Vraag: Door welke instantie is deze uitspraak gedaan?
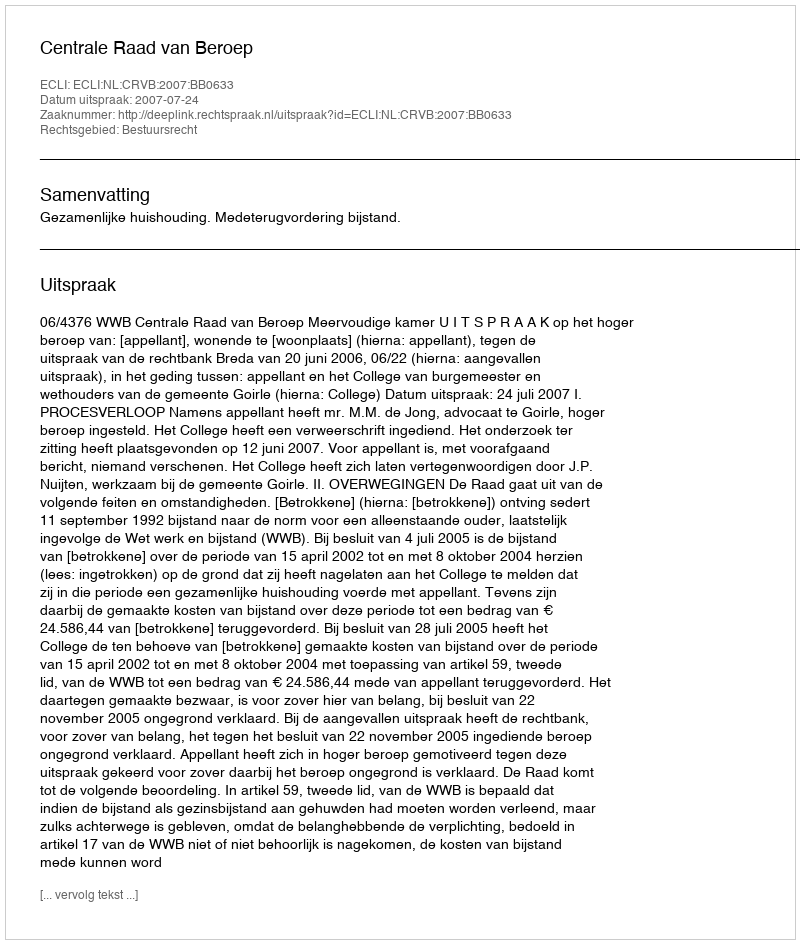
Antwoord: Centrale Raad van Beroep